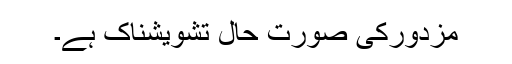
مزدورکی صورت حال تشویشناک ہے۔